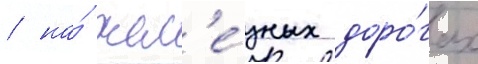
/ на́ жел'е́зных доро́гах